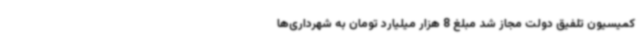
کمیسیون تلفیق دولت مجاز شد مبلغ 8 هزار میلیارد تومان به شهرداری‌ها